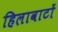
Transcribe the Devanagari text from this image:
हिलावाटों